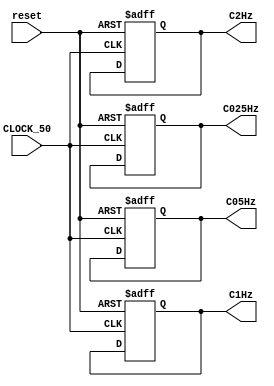
module FSM_clock(
	reset,
	CLOCK_50,
	C025Hz,
	C05Hz,
	C1Hz,
	C2Hz
);

input wire reset,  CLOCK_50;
output reg C025Hz, C05Hz, C1Hz, C2Hz;
 
reg [27:0] r_C025Hz; reg [27:0] r_C05Hz; 
reg [27:0] r_C2Hz;  reg [27:0] r_C1Hz; 

initial C1Hz <= 0;
initial r_C1Hz <= 0;
//50*10^6 / 2*0,25 = 100.000.000
//C025Hz
always @(posedge CLOCK_50 or posedge reset)
begin
	if(reset == 1'b1)
	begin
		C025Hz <= 1'b0;
		r_C025Hz <= 28'h0000000;
	end
	else 
	begin
		r_C025Hz <= r_C025Hz + 1'b1;
		if (C025Hz == 28'h5F5E100)
		begin
			r_C025Hz <= 28'h0000000;
			C025Hz <= ~C025Hz;
		end
	end
end

//50*10^6 / 2*2 = 12.500.000
//C2Hz
always @(posedge CLOCK_50 or posedge reset)
begin
  if(reset == 1'b1)
	begin
		C2Hz <= 1'b0;
		r_C2Hz <= 28'h0000000;
	end
	else
	begin
		r_C2Hz <= r_C2Hz + 1'b1;
		if (C2Hz == 28'h0BEBC1F)
		begin
			r_C2Hz <= 28'h0000000;
			C2Hz <= ~C2Hz;
		end
	end
end

//50*10^6 / 2*1 = 25.000.000
//C1Hz
always @(posedge CLOCK_50 or posedge reset)
begin
	if(reset == 1'b1)
	begin
		C1Hz <= 1'b0;
		r_C1Hz <= 28'h0000000;
	end
	else 
	begin
		r_C1Hz <= r_C1Hz + 1'b1;
		if (C1Hz == 28'h17D_783F)
		begin
			r_C1Hz <= 28'h0000000;
			C1Hz <= ~C1Hz;
		end
	end
end

//50*10^6 / 2*0,5 = 50.000.000
//C05Hz
always @(posedge CLOCK_50 or posedge reset)
begin
	if(reset == 1'b1)
	begin
		C05Hz <= 1'b0;
		r_C05Hz <= 28'h0000000;
	end
	else 
	begin
		r_C05Hz <= r_C05Hz + 1'b1;
		if (C05Hz == 28'h2FAF080)
		begin
			r_C05Hz <= 28'h0000000;
			C05Hz <= ~C05Hz;
		end
	end
end

endmodule